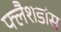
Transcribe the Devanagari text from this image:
फ्लैशडांस